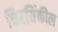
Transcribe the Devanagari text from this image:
चिरयिंकील